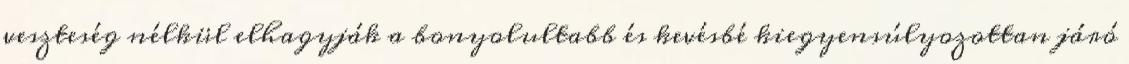
veszteség nélkül elhagyják a bonyolultabb és kevésbé kiegyensúlyozottan járó